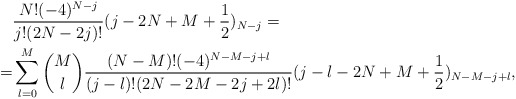
\begin{align*} &\frac{N!(-4)^{N-j}}{j!(2N-2j)!}(j-2N+M+\frac 12)_{N-j}=\\ =&\sum_{l=0}^M {M\choose l}\frac{(N-M)!(-4)^{N-M-j+l}}{(j-l)!(2N-2M-2j+2l)!}(j-l-2N+M+\frac 12)_{N-M-j+l}, \end{align*}